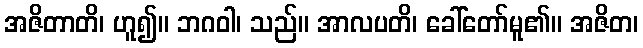
အဇိတာတိ၊ ဟူ၍။ ဘဂဝါ၊ သည်။ အာလပတိ၊ ခေါ်တော်မူ၏။ အဇိတ၊